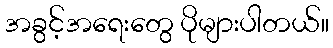
အခွင့်အရေးတွေ ပိုများပါတယ်။